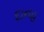
દાનહ